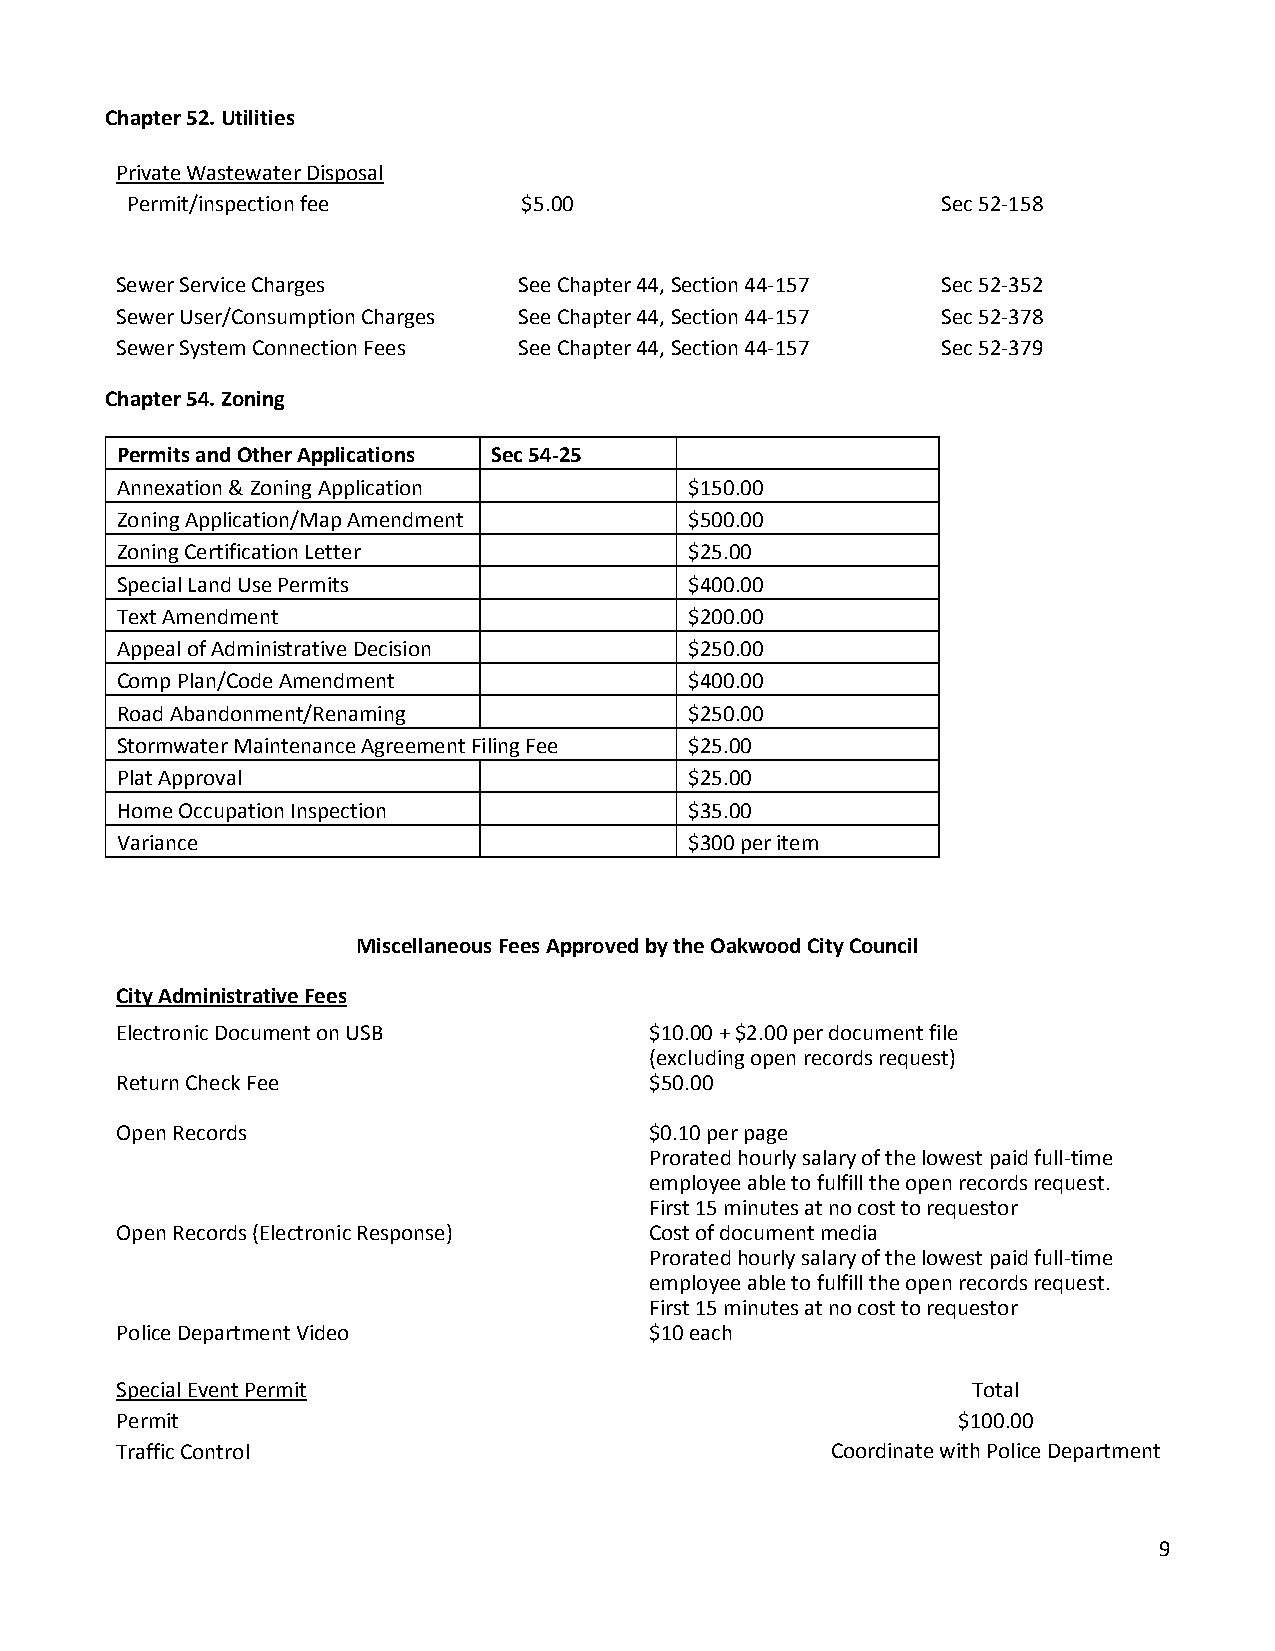
Chapter 52. Utilities
 Private Wastewater Disposal
 Permit/inspection fee      $5.00                      Sec 52-158
 Sewer Service Charges     See Chapter 44, Section 44-157 Sec 52-352
 Sewer User/Consumption Charges See Chapter 44, Section 44-157 Sec 52-378
 Sewer System Connection Fees See Chapter 44, Section 44-157 Sec 52-379
 Chapter 54. Zoning
 Permits and Other Applications Sec 54-25
 Annexation & Zoning Application       $150.00
 Zoning Application/Map Amendment      $500.00
 Zoning Certification Letter           $25.00
 Special Land Use Permits              $400.00
 Text Amendment                        $200.00
 Appeal of Administrative Decision     $250.00
 Comp Plan/Code Amendment              $400.00
 Road Abandonment/Renaming             $250.00
 Stormwater Maintenance Agreement Filing Fee $25.00
 Plat Approval                         $25.00
 Home Occupation Inspection            $35.00
 Variance                              $300 per item
 Miscellaneous Fees Approved by the Oakwood City Council
 City Administrative Fees
 Electronic Document on USB         $10.00 + $2.00 per document file
 (excluding open records request)
 Return Check Fee                   $50.00
 Open Records                       $0.10 per page
 Prorated hourly salary of the lowest paid full-time
 employee able to fulfill the open records request.
 First 15 minutes at no cost to requestor
 Open Records (Electronic Response) Cost of document media
 Prorated hourly salary of the lowest paid full-time
 employee able to fulfill the open records request.
 First 15 minutes at no cost to requestor
 Police Department Video            $10 each
 Special Event Permit                                    Total
 Permit                                                 $100.00
 Traffic Control                                Coordinate with Police Department
 9